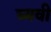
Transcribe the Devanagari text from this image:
घ्यवी